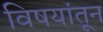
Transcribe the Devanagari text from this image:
विषयांतून